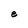
Character: e